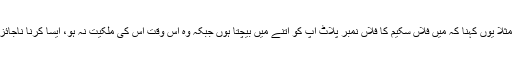
متعین کا معنی ہے کسی مخصو ص پلاٹ یا گاڑی وغیرہ کا سودا کرنامثلاً یوں کہنا کہ میں فلاں سکیم کا فلاں نمبر پلاٹ آپ کو اتنے میں بیچتا ہوں جبکہ وہ اس وقت اس کی ملکیت نہ ہو، ایسا کرنا ناجائز ہے جیساکہ آنحضرت صلی اللہ علیہ وسلم کے جواب سے واضح ہے ۔